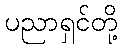
ပညာရှင်တို့